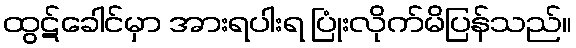
ထွဋ်ခေါင်မှာ အားရပါးရ ပြုံးလိုက်မိပြန်သည်။